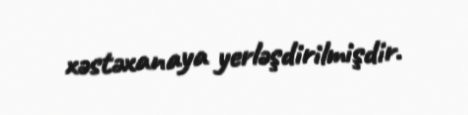
xəstəxanaya yerləşdirilmişdir.